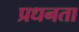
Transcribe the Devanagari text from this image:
प्रधनता